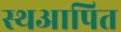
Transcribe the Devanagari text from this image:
स्थआपित